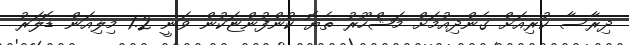
ދިރާސާ ކުރިއަށް ގެންދިއުމަށް މަޝްހޫރު ތެޔޮ ކުންފުންޏަކުން ވަނީ 1.2 މިލިއަން ޑޮލަރު